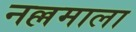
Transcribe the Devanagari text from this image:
नल्लमाला